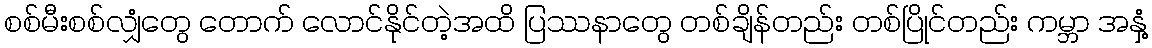
စစ်မီးစစ်လျှံတွေ တောက် လောင်နိုင်တဲ့အထိ ပြဿနာတွေ တစ်ချိန်တည်း တစ်ပြိုင်တည်း ကမ္ဘာ အနှံ့